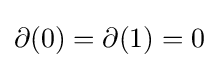
\partial (0)=\partial (1)=0